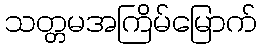
သတ္တမအကြိမ်မြောက်